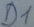
Text: D1